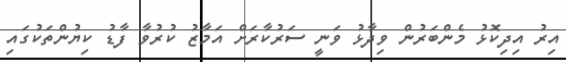
އިރު އިދިކޮޅު މެންބަރުން ވިދާޅު ވަނީ ސަރުކާރަށް އަމާޒު ކުރުވާ ފާޑު ކިޔުންތަކުގައި